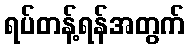
ရပ်တန့်ရန်အတွက်